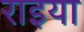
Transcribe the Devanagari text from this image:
राइया